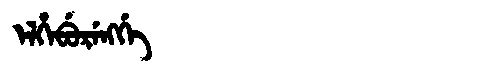
Manchu: ᡝᠯᡥᡝᠪᡠᡵᡝᠩᡤᡝ
Romanization: ELHEBURENGGE